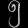
Digit: ၅